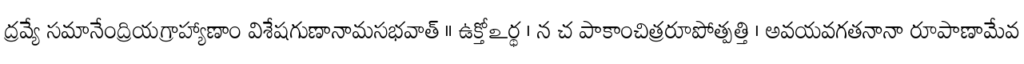
ద్రవ్యే సమానేంద్రియగ్రాహ్యాణాం విశేషగుణానామసభవాత్ ॥ ఉక్తోఽర్థ । న చ పాకాంచిత్రరూపోత్పత్తి । అవయవగతనానా రూపాణామేవ